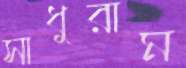
সাধুরাম